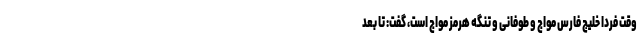
وقت فردا خلیج فارس مواج و طوفانی و تنگه هرمز مواج است، گفت: تا بعد